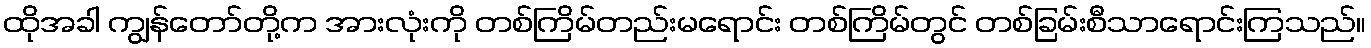
ထိုအခါ ကျွန်တော်တို့က အားလုံးကို တစ်ကြိမ်တည်းမရောင်း တစ်ကြိမ်တွင် တစ်ခြမ်းစီသာရောင်းကြသည်။